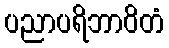
ပညာပရိဘာဝိတံ